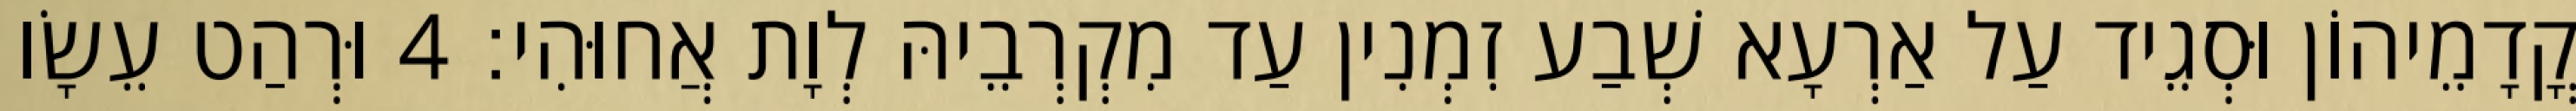
קֳדָמֵיהוֹן וּסְגֵיד עַל אַרְעָא שְׁבַע זִמְנִין עַד מִקְרְבֵיהּ לְוָת אֲחוּהִי׃ 4 וּרְהַט עֵשָׂו